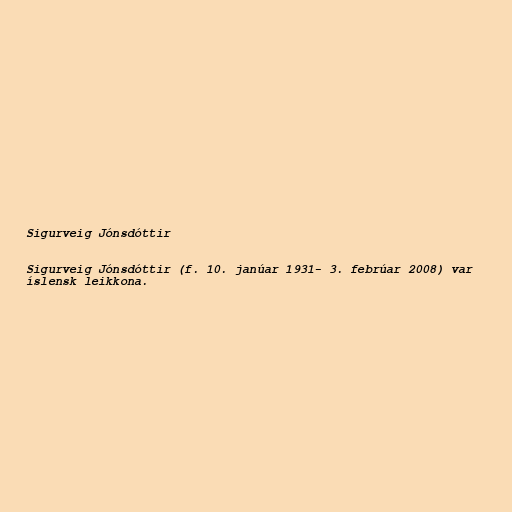
Sigurveig Jónsdóttir

Sigurveig Jónsdóttir (f. 10. janúar 1931- 3. febrúar 2008) var
íslensk leikkona.